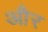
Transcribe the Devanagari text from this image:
और